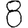
Digit: 8